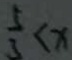
\frac { 5 } { 3 } < x